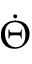
\dot { \Theta }